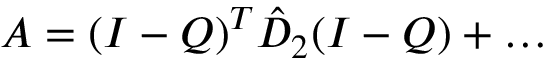
A = ( I - Q ) ^ { T } \hat { D } _ { 2 } ( I - Q ) + \ldots